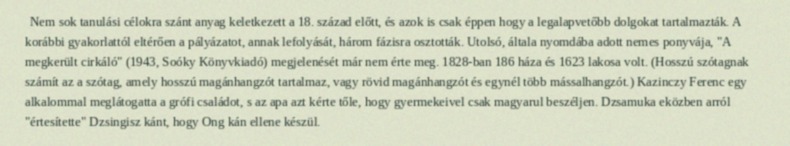
Nem sok tanulási célokra szánt anyag keletkezett a 18. század előtt, és azok is csak éppen hogy a legalapvetőbb dolgokat tartalmazták. A korábbi gyakorlattól eltérően a pályázatot, annak lefolyását, három fázisra osztották. Utolsó, általa nyomdába adott nemes ponyvája, "A megkerült cirkáló" (1943, Soóky Könyvkiadó) megjelenését már nem érte meg. 1828-ban 186 háza és 1623 lakosa volt. (Hosszú szótagnak számít az a szótag, amely hosszú magánhangzót tartalmaz, vagy rövid magánhangzót és egynél több mássalhangzót.) Kazinczy Ferenc egy alkalommal meglátogatta a grófi családot, s az apa azt kérte tőle, hogy gyermekeivel csak magyarul beszéljen. Dzsamuka eközben arról "értesítette" Dzsingisz kánt, hogy Ong kán ellene készül.